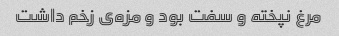
مرغ نپخته و سفت بود و مزه‌ی زخم داشت